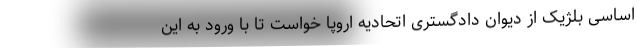
اساسی بلژیک از دیوان دادگستری اتحادیه اروپا خواست تا با ورود به این